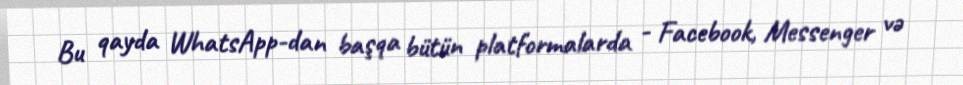
Bu qayda WhatsApp-dan başqa bütün platformalarda - Facebook, Messenger və